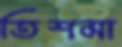
তিশমা